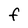
Character: F